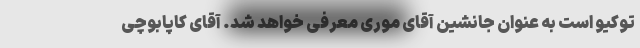
توکیو است به عنوان جانشین آقای موری معرفی خواهد شد. آقای کاپابوچی